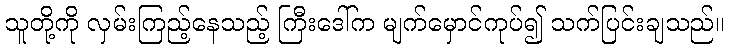
သူတို့ကို လှမ်းကြည့်နေသည့် ကြီးဒေါ်က မျက်မှောင်ကုပ်၍ သက်ပြင်းချသည်။